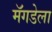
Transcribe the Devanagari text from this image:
मॅगडेला